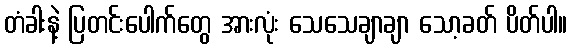
တံခါးနဲ့ ပြတင်းပေါက်တွေ အားလုံး သေသေချာချာ သော့ခတ် ပိတ်ပါ။